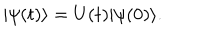
LaTeX: \vert \psi ( t ) \rangle = U ( t ) \vert \psi ( 0 ) \rangle .